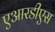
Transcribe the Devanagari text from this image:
एआरडीएस